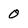
Character: 0